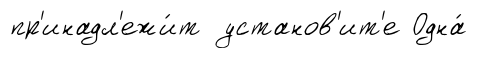
пр'инадл'ежи́т установ'ит'е Одна́